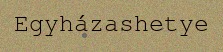
Egyházashetye